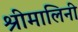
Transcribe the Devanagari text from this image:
श्रीमालिनी